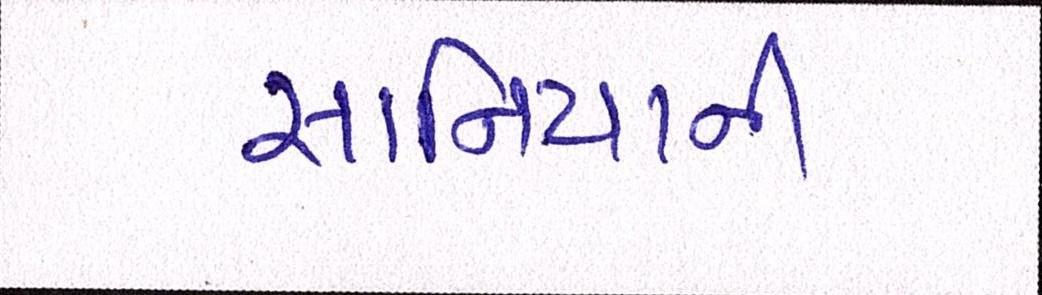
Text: સાનિયાની